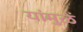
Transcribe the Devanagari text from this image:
यांमुळें